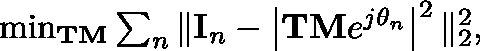
\begin{array} { r } { \operatorname* { m i n } _ { \bf { T M } } \sum _ { n } \| { \bf { I } } _ { n } - \left| { \bf { T M } } e ^ { j { \mathbf { \theta } } _ { n } } \right| ^ { 2 } \| _ { 2 } ^ { 2 } , } \end{array}